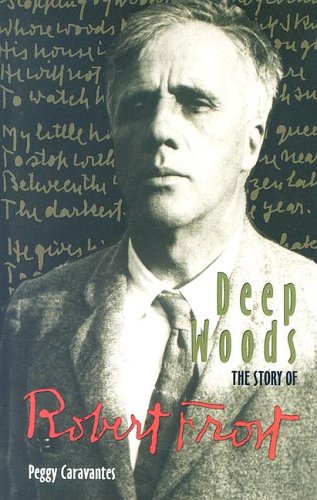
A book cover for Deep Woods: The Story of Robert Frost (World Writers); Peggy Caravantes; Teen & Young Adult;